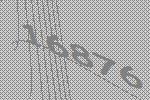
16876